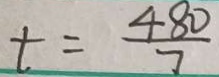
t = \frac { 4 8 0 } { 7 }